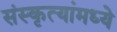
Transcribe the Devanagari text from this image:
संस्कृत्यांमध्ये